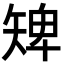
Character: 𥏠